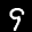
Label: 9